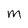
Character: M